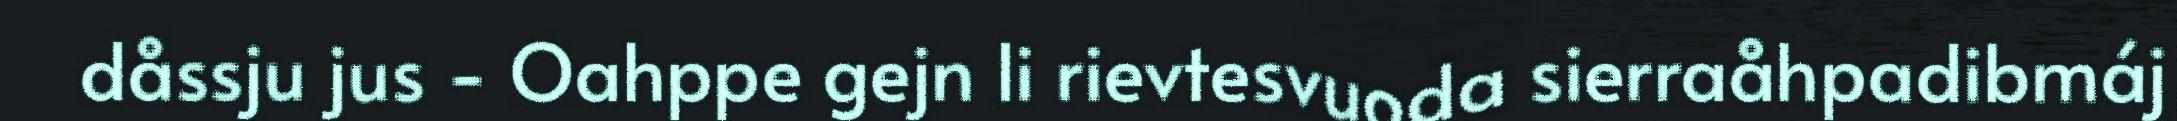
dåssju jus - Oahppe gejn li rievtesvuoda sierraåhpadibmáj